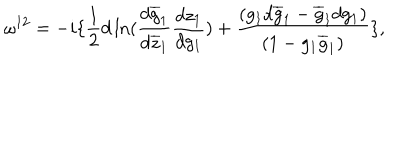
LaTeX: \omega ^ { 1 2 } = - i \{ \frac { 1 } { 2 } d \ln ( \frac { d \overline { { { g } } } _ { 1 } } { d \overline { { { z } } } _ { 1 } } \frac { d z _ { 1 } } { d g _ { 1 } } ) + \frac { ( g _ { 1 } d \overline { { { g } } } _ { 1 } - \overline { { { g } } } _ { 1 } d g _ { 1 } ) } { ( 1 - g _ { 1 } \overline { { { g } } } _ { 1 } ) } \} ,